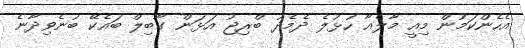
އެހެންކަމުން މިއީ މާލެއާ ހުޅުލެ ދެމެދު ބްރިޖު އަޅަން ގާބިލް ބައެކޭ ބުނެވިދާނެ